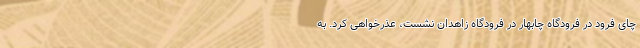
چای فرود در فرودگاه چابهار در فرودگاه زاهدان نشست، عذرخواهی کرد. به